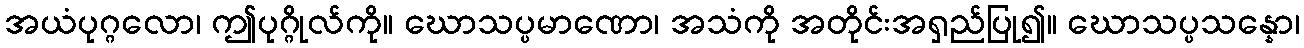
အယံပုဂ္ဂလော၊ ဤပုဂ္ဂိုလ်ကို။ ဃောသပ္ပမာဏော၊ အသံကို အတိုင်းအရှည်ပြု၍။ ဃောသပ္ပသန္နော၊